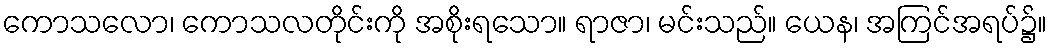
ကောသလော၊ ကောသလတိုင်းကို အစိုးရသော။ ရာဇာ၊ မင်းသည်။ ယေန၊ အကြင်အရပ်၌။